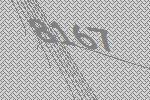
8167